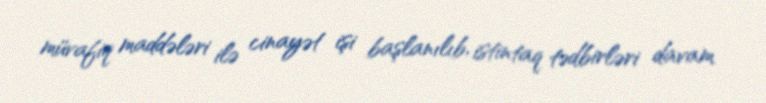
müvafiq maddələri ilə cinayət işi başlanılıb, istintaq tədbirləri davam